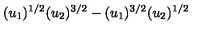
( u _ { 1 } ) ^ { 1 / 2 } ( u _ { 2 } ) ^ { 3 / 2 } - ( u _ { 1 } ) ^ { 3 / 2 } ( u _ { 2 } ) ^ { 1 / 2 }